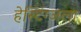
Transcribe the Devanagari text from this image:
हेस्टिंग्जला